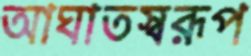
আঘাতস্বরূপ